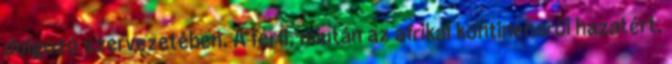
dolgozó szervezetében. A férfi, miután az afrikai kontinensről hazatért,